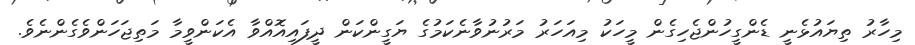
މިހާރު ތިޔައުޅެނީ ޑެންގީހުންޖެހިގެން މީހަކު މިއަހަރު މަރުނުވާނެކަމުގެ ޔަގީންކަން ދީފައިއޮއްވާ އެކަންވީމާ މަތިޖަހަންވެގެންނެވެ.